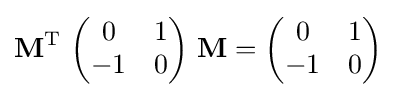
{\mathbf {M} }^{\text{T}}~{\begin{pmatrix}0&1\\-1&0\end{pmatrix}}~{\mathbf {M} }={\begin{pmatrix}0&1\\-1&0\end{pmatrix}}~